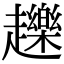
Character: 䟏